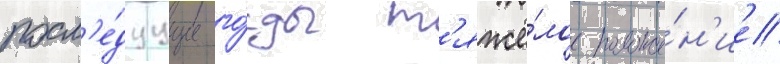
посл'е́дуущие го́ды т'яжё́лое положе́н'ие